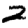
Digit: 2